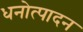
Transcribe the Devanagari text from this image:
धनोत्पादन